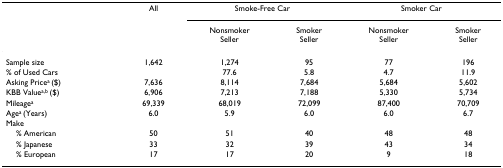
<table><thead><tr><td></td><td><b>All</b></td><td colspan="2"><b>Smoke-Free Car</b></td><td colspan="2"><b>Smoker Car</b></td></tr><tr><td></td><td></td><td><b>Nonsmoker Seller</b></td><td><b>Smoker Seller</b></td><td><b>Nonsmoker Seller</b></td><td><b>Smoker Seller</b></td></tr></thead><tbody><tr><td>Sample size</td><td>1,642</td><td>1,274</td><td>95</td><td>77</td><td>196</td></tr><tr><td>% of Used Cars</td><td></td><td>77.6</td><td>5.8</td><td>4.7</td><td>11.9</td></tr><tr><td>Asking Price<sup>a </sup>($)</td><td>7,636</td><td>8,114</td><td>7,684</td><td>5,684</td><td>5,602</td></tr><tr><td>KBB Value<sup>a,b </sup>($)</td><td>6,906</td><td>7,213</td><td>7,188</td><td>5,330</td><td>5,734</td></tr><tr><td>Mileage<sup>a</sup></td><td>69,339</td><td>68,019</td><td>72,099</td><td>87,400</td><td>70,709</td></tr><tr><td>Age<sup>a </sup>(Years)</td><td>6.0</td><td>5.9</td><td>6.0</td><td>6.0</td><td>6.7</td></tr><tr><td>Make</td><td></td><td></td><td></td><td></td><td></td></tr><tr><td> % American</td><td>50</td><td>51</td><td>40</td><td>48</td><td>48</td></tr><tr><td> % Japanese</td><td>33</td><td>32</td><td>39</td><td>43</td><td>34</td></tr><tr><td> % European</td><td>17</td><td>17</td><td>20</td><td>9</td><td>18</td></tr></tbody></table>